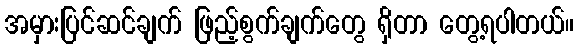
အမှားပြင်ဆင်ချက် ဖြည့်စွက်ချက်တွေ ရှိတာ တွေ့ရပါတယ်။